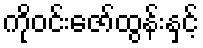
ကိုဝင်းဇော်ထွန်းနှင့်